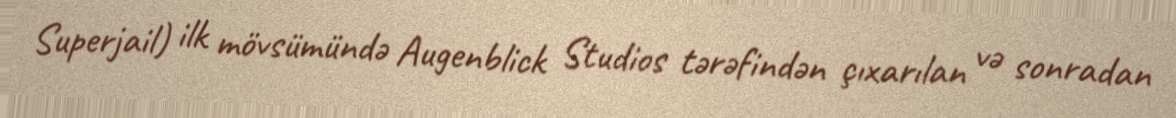
Superjail) ilk mövsümündə Augenblick Studios tərəfindən çıxarılan və sonradan